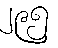
၂၉၅